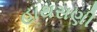
હાથસણી